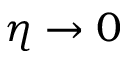
\eta \to 0